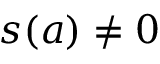
s ( a ) \neq 0